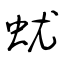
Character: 蚘